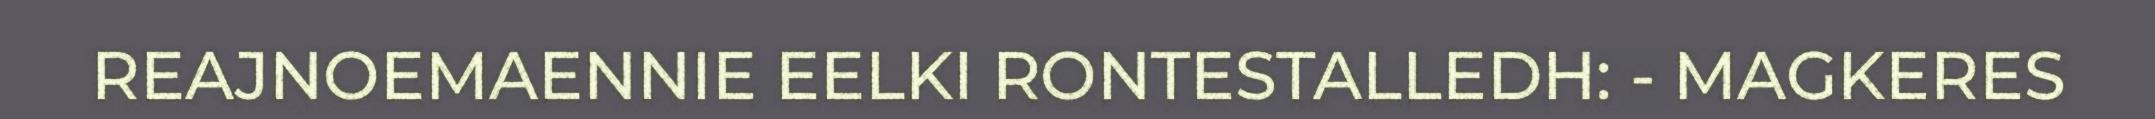
REAJNOEMAENNIE EELKI RONTESTALLEDH: - MAGKERES